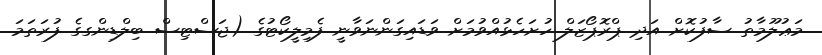
މަޢުލޫމާތު ސާފުކޮށް އަދި ޕްރޮޕޯޒަލް ހުށަހެޅުއްވުމަށް ވަޑައިގަންނަވާނީ ފެމިލީކޯޓުގެ (ޖަސްޓިސް ބިލްޑިންގގެ ފުރަތަމަ